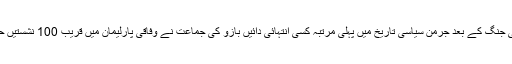
دوسری عالمی جنگ کے بعد جرمن سیاسی تاریخ میں پہلی مرتبہ کسی انتہائی دائیں بازو کی جماعت نے وفاقی پارلیمان میں قریب 100 نشستیں حاصل کی ہیں۔